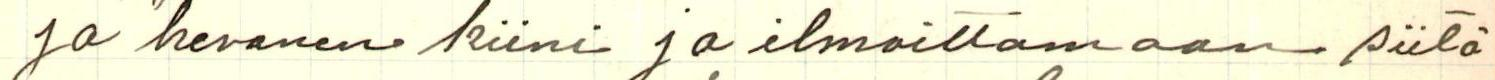
ja hevonen kiini ja ilmoittamaan siitä